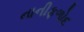
નાનીફળોદ